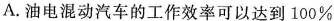
A.油电混动汽车的工作效率可以达到100\%